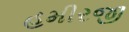
હમીરજી